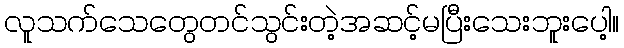
လူသက်သေတွေတင်သွင်းတဲ့အဆင့်မပြီးသေးဘူးပေါ့။